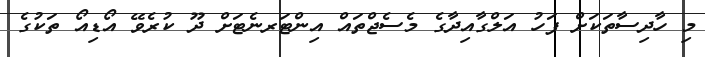
މި ހާދިސާތަކަށް ފަހު އަލްގާއިދާގެ މެސެޖްތައް އިންޓަރނެޓަށް ދޫ ކުރެވޭ އޯޑިއޯ ތަކުގެ